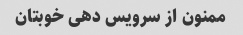
ممنون از سرویس دهی خوبتان